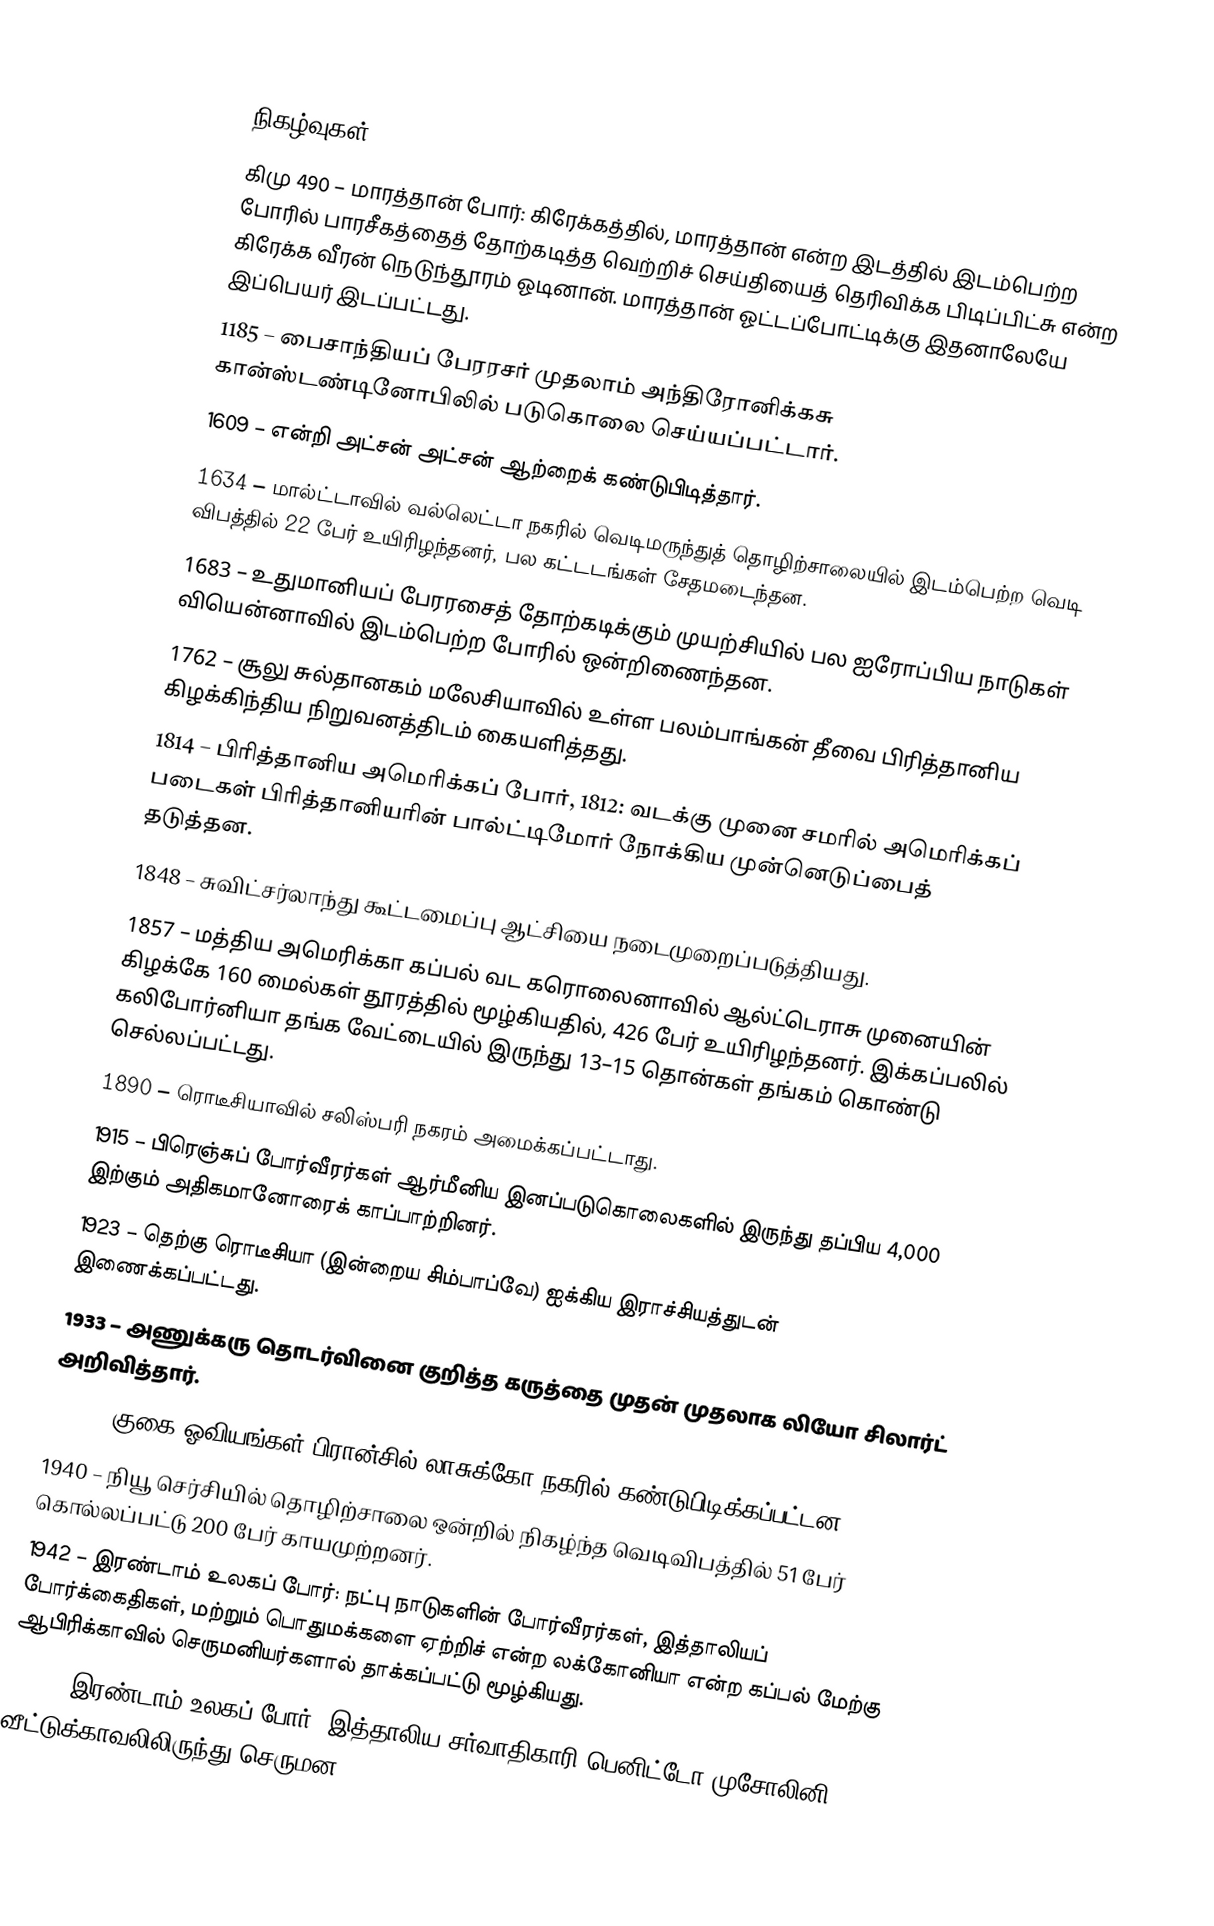

நிகழ்வுகள்
கிமு 490 – மாரத்தான் போர்: கிரேக்கத்தில், மாரத்தான் என்ற இடத்தில் இடம்பெற்ற போரில் பாரசீகத்தைத் தோற்கடித்த வெற்றிச் செய்தியைத் தெரிவிக்க பிடிப்பிட்சு என்ற கிரேக்க வீரன் நெடுந்தூரம் ஓடினான். மாரத்தான் ஓட்டப்போட்டிக்கு இதனாலேயே இப்பெயர் இடப்பட்டது.
1185 – பைசாந்தியப் பேரரசர் முதலாம் அந்திரோனிக்கசு கான்ஸ்டண்டினோபிலில் படுகொலை செய்யப்பட்டார்.
1609 – என்றி அட்சன் அட்சன் ஆற்றைக் கண்டுபிடித்தார்.
1634 – மால்ட்டாவில் வல்லெட்டா நகரில் வெடிமருந்துத் தொழிற்சாலையில் இடம்பெற்ற வெடி விபத்தில் 22 பேர் உயிரிழந்தனர், பல கட்டடங்கள் சேதமடைந்தன.
1683 – உதுமானியப் பேரரசைத் தோற்கடிக்கும் முயற்சியில் பல ஐரோப்பிய நாடுகள் வியென்னாவில் இடம்பெற்ற போரில் ஒன்றிணைந்தன.
1762 – சூலு சுல்தானகம் மலேசியாவில் உள்ள பலம்பாங்கன் தீவை பிரித்தானிய கிழக்கிந்திய நிறுவனத்திடம் கையளித்தது.
1814 – பிரித்தானிய அமெரிக்கப் போர், 1812: வடக்கு முனை சமரில் அமெரிக்கப் படைகள் பிரித்தானியரின் பால்ட்டிமோர் நோக்கிய முன்னெடுப்பைத் தடுத்தன.
1848 – சுவிட்சர்லாந்து கூட்டமைப்பு ஆட்சியை நடைமுறைப்படுத்தியது.
1857 – மத்திய அமெரிக்கா கப்பல் வட கரொலைனாவில் ஆல்ட்டெராசு முனையின் கிழக்கே 160 மைல்கள் தூரத்தில் மூழ்கியதில், 426 பேர் உயிரிழந்தனர். இக்கப்பலில் கலிபோர்னியா தங்க வேட்டையில் இருந்து 13–15 தொன்கள் தங்கம் கொண்டு செல்லப்பட்டது.
1890 – ரொடீசியாவில் சலிஸ்பரி நகரம் அமைக்கப்பட்டாது.
1915 – பிரெஞ்சுப் போர்வீரர்கள் ஆர்மீனிய இனப்படுகொலைகளில் இருந்து தப்பிய 4,000 இற்கும் அதிகமானோரைக் காப்பாற்றினர்.
1923 – தெற்கு ரொடீசியா (இன்றைய சிம்பாப்வே) ஐக்கிய இராச்சியத்துடன் இணைக்கப்பட்டது.
1933 – அணுக்கரு தொடர்வினை குறித்த கருத்தை முதன் முதலாக லியோ சிலார்ட் அறிவித்தார்.
1940 – குகை ஓவியங்கள் பிரான்சில் லாசுக்கோ நகரில் கண்டுபிடிக்கப்பட்டன.
1940 – நியூ செர்சியில் தொழிற்சாலை ஒன்றில் நிகழ்ந்த வெடிவிபத்தில் 51 பேர் கொல்லப்பட்டு 200 பேர் காயமுற்றனர்.
1942 – இரண்டாம் உலகப் போர்: நட்பு நாடுகளின் போர்வீரர்கள், இத்தாலியப் போர்க்கைதிகள், மற்றும் பொதுமக்களை ஏற்றிச் என்ற லக்கோனியா என்ற கப்பல் மேற்கு ஆபிரிக்காவில் செருமனியர்களால் தாக்கப்பட்டு மூழ்கியது.
1943 – இரண்டாம் உலகப் போர்: இத்தாலிய சர்வாதிகாரி பெனிட்டோ முசோலினி வீட்டுக்காவலிலிருந்து செருமன